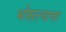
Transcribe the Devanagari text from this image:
भोसल्याचा